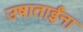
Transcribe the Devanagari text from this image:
उषाताईंना